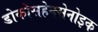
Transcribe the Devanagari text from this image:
डोकोसहेक्सेनोइक